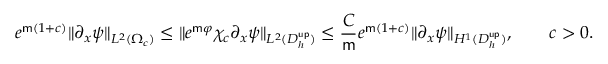
e ^ { \mathsf { m } ( 1 + c ) } \| \partial _ { x } \psi \| _ { L ^ { 2 } ( \Omega _ { c } ) } \leq \| e ^ { \mathsf { m } \varphi } \chi _ { c } \partial _ { x } \psi \| _ { L ^ { 2 } ( D _ { h } ^ { \mathsf { u p } } ) } \leq \frac { C } { \mathsf { m } } e ^ { \mathsf { m } ( 1 + c ) } \| \partial _ { x } \psi \| _ { H ^ { 1 } ( D _ { h } ^ { \mathsf { u p } } ) } , \qquad c > 0 .